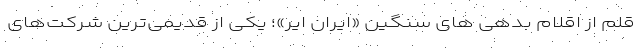
قلم از اقلام بدهی های سنگین «ایران ایر»؛ یکی از قدیمی‌ترین شرکت‌های